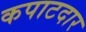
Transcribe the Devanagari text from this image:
कपाटदार